Lunatic asylums Punjab 1868-1880 - 1868-1880
Year: 1868
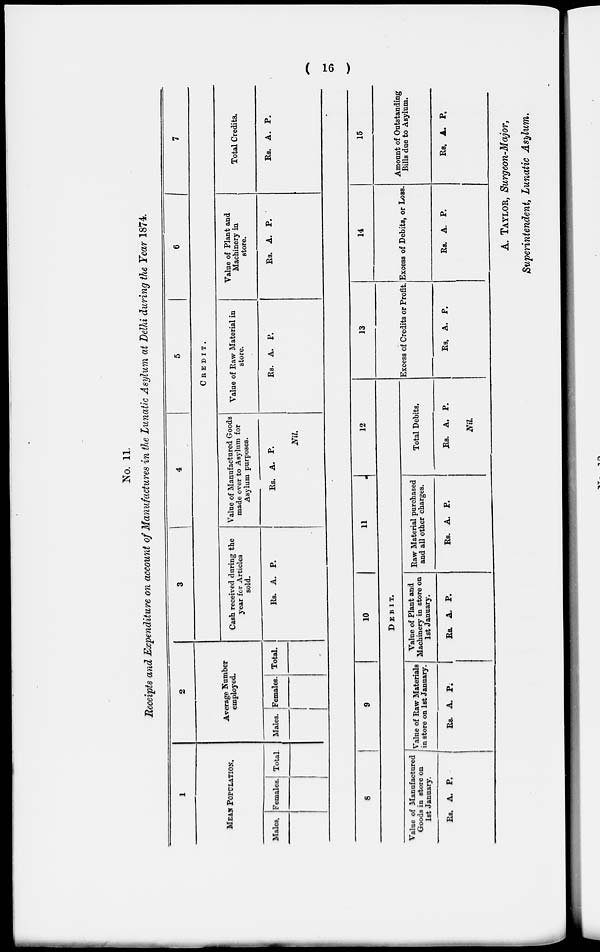
( 16 )
No. 11.
Receipts and Expenditure on account of Manufactures in the Lunatic Asylum at Delhi during the Year 1874.
1
MEAN POPULATION.
Males. Females. Total.
2
Average Number
employed.
Males. Females. Total.
3
4
5
6
7
CREDIT
Cash received during the
year for Articles
sold.
Rs. A. P.
Value of Manufactured Goods
made over to Asylum for
Asylum purposes.
Rs. A. P.
Nil
Value of Raw Material in
store.
Rs. A. P.
Value of Plant and
Machinery in
store.
Rs. A. P.
Total Credits.
Rs. A. P.
8
9
10
11
12
DEBIT.
Value of Manufactured
Goods in store on
1st January.
Rs. A. P.
Value of Raw Materials
in store on 1st January.
Rs. A. P.
Value of Plant and
Machinery in store on
1st January.
Rs. A. P.
Raw Material purchased
and all other charges.
Rs. A. P.
Total Debits.
Rs. A. P.
Nil
13
Excess of Credits or Profit.
Rs. A. P.
14
Excess of Debits, or Loss.
Rs. A. P.
15
Amount of Outstanding
Bills due to Asylum.
Rs. A. P.
A. TAYLOR, Surgeon-Major,
Superintendent, Lunatic Asylum.